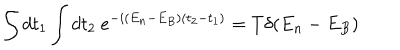
LaTeX: \int d t _ { 1 } \int d t _ { 2 } ~ e ^ { - i ( E _ { n } - E _ { B } ) ( t _ { 2 } - t _ { 1 } ) } = T \delta ( E _ { n } - E _ { B } )